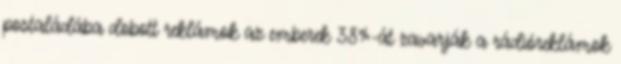
postaládába dobott reklámok az emberek 38%-át zavarják a rádióreklámok